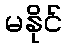
မနိုင်